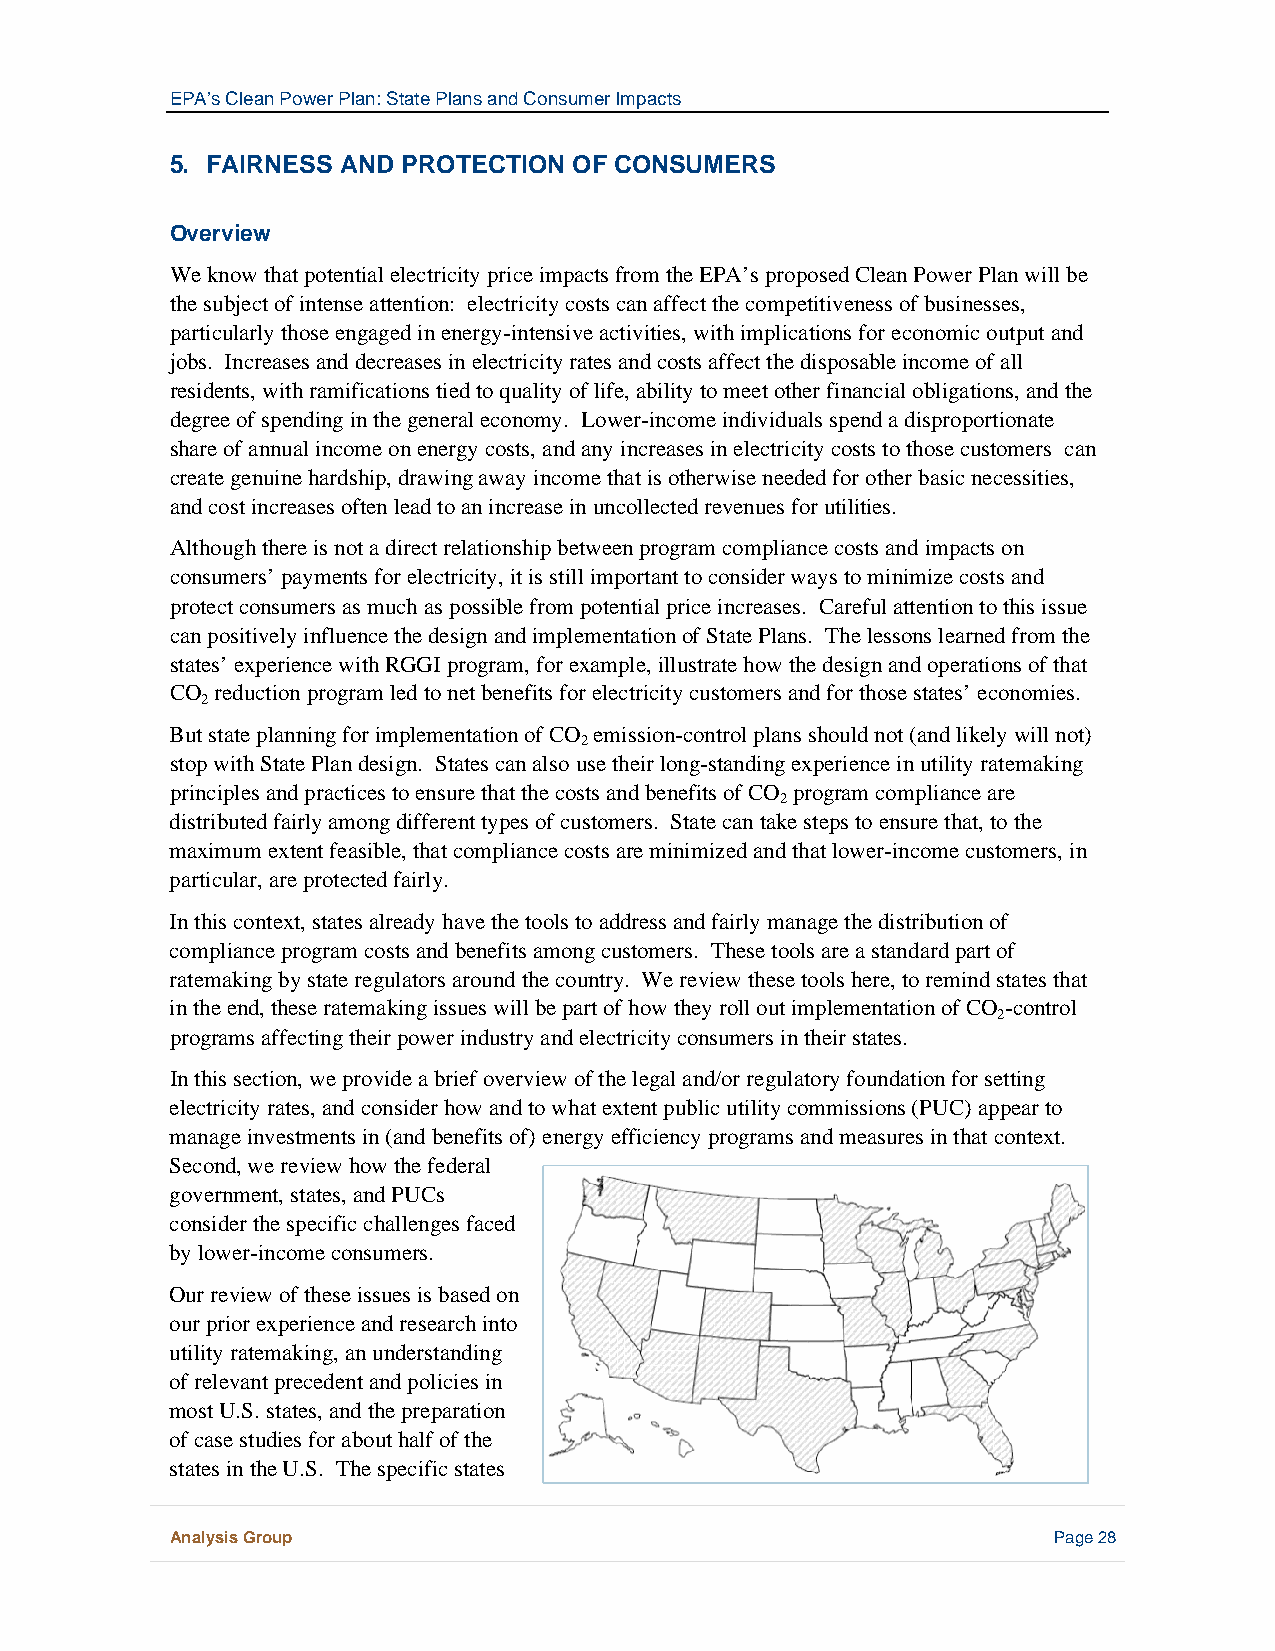
EPA’s Clean Power Plan: State Plans and Consumer Impacts
 5. FAIRNESS AND PROTECTION OF CONSUMERS
 Overview
 We know that potential electricity price impacts from the EPA’s proposed Clean Power Plan will be
 the subject of intense attention: electricity costs can affect the competitiveness of businesses,
 particularly those engaged in energy-intensive activities, with implications for economic output and
 jobs. Increases and decreases in electricity rates and costs affect the disposable income of all
 residents, with ramifications tied to quality of life, ability to meet other financial obligations, and the
 degree of spending in the general economy. Lower-income individuals spend a disproportionate
 share of annual income on energy costs, and any increases in electricity costs to those customers can
 create genuine hardship, drawing away income that is otherwise needed for other basic necessities,
 and cost increases often lead to an increase in uncollected revenues for utilities.
 Although there is not a direct relationship between program compliance costs and impacts on
 consumers’ payments for electricity, it is still important to consider ways to minimize costs and
 protect consumers as much as possible from potential price increases. Careful attention to this issue
 can positively influence the design and implementation of State Plans. The lessons learned from the
 states’ experience with RGGI program, for example, illustrate how the design and operations of that
 CO reduction program led to net benefits for electricity customers and for those states’ economies.
 2
 But state planning for implementation of CO emission-control plans should not (and likely will not)
 2
 stop with State Plan design. States can also use their long-standing experience in utility ratemaking
 principles and practices to ensure that the costs and benefits of CO program compliance are
 2
 distributed fairly among different types of customers. State can take steps to ensure that, to the
 maximum extent feasible, that compliance costs are minimized and that lower-income customers, in
 particular, are protected fairly.
 In this context, states already have the tools to address and fairly manage the distribution of
 compliance program costs and benefits among customers. These tools are a standard part of
 ratemaking by state regulators around the country. We review these tools here, to remind states that
 in the end, these ratemaking issues will be part of how they roll out implementation of CO -control
 2
 programs affecting their power industry and electricity consumers in their states.
 In this section, we provide a brief overview of the legal and/or regulatory foundation for setting
 electricity rates, and consider how and to what extent public utility commissions (PUC) appear to
 manage investments in (and benefits of) energy efficiency programs and measures in that context.
 Second, we review how the federal
 government, states, and PUCs
 consider the specific challenges faced
 by lower-income consumers.
 Our review of these issues is based on
 our prior experience and research into
 utility ratemaking, an understanding
 of relevant precedent and policies in
 most U.S. states, and the preparation
 of case studies for about half of the
 states in the U.S. The specific states
 Analysis Group                                             Page 28